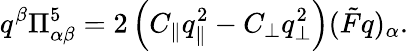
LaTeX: q^{\beta}\Pi_{\alpha\beta}^{5}=2\left(C_{\parallel}q_{\parallel}^{2}-C_{\bot}q_{\bot}^{2}\right)(\tilde{F}q)_{\alpha}.